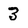
Character: 3